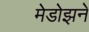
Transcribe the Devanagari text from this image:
मेडोझने